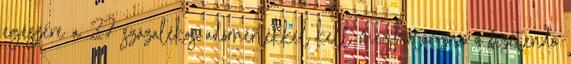
egészére a 27 százalékos adómértékkel kell meghatározni a fizetendő